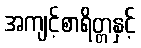
အကျင့်စာရိတ္တနှင့်